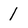
Character: 1